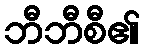
ဘီဘီစီ၏